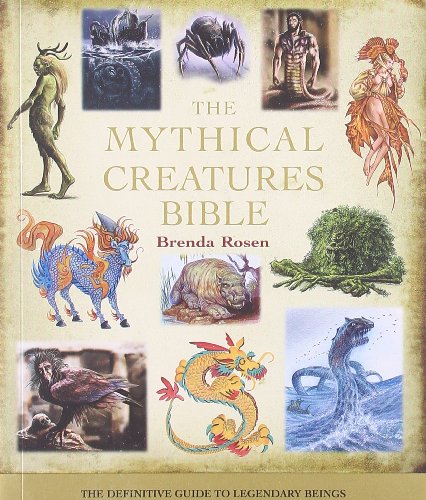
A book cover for The Mythical Creatures Bible: The Definitive Guide to Legendary Beings; Brenda Rosen; Politics & Social Sciences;